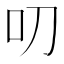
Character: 叨